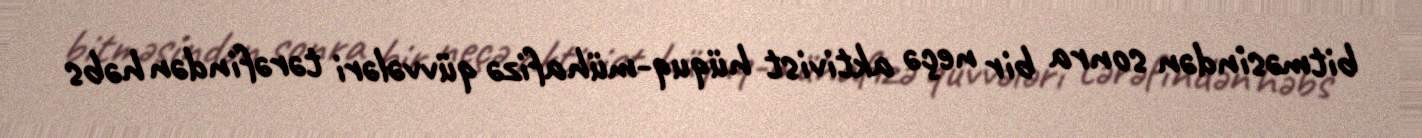
bitməsindən sonra bir neçə aktivist hüquq-mühafizə qüvvələri tərəfindən həbs